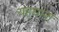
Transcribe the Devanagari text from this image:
यहुद्यांना